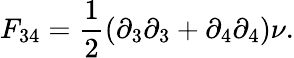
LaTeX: F_{34}={\frac{1}{2}}(\partial_{3}\partial_{3}+\partial_{4}\partial_{4})\nu.